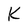
Character: K